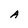
Character: A